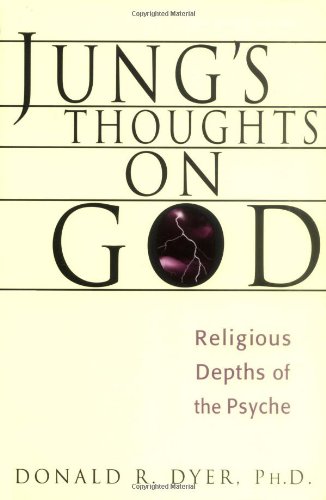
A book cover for Jung's Thoughts on God: Religious Depths of Our Psyches (Jung on the Hudson Book Series); Donald R. Dyer; Religion & Spirituality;